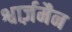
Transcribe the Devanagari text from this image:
श्वार्ज़मैन